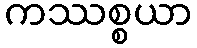
ကဿစ္စယာ